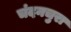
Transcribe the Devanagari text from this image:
चंदनचुरा